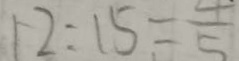
1 2 : 1 5 = \frac { 4 } { 5 }